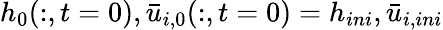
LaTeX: h_{0}(:,t=0),\bar{u}_{i,0}(:,t=0)=h_{ini},\bar{u}_{i,ini}